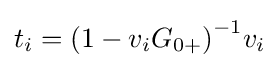
{t_{i}}={\left({1-{v_{i}}{G_{0+}}}\right)^{-1}}{v_{i}}